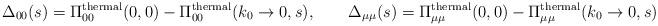
LaTeX: \begin{align*}\Delta_{00}(s) = \Pi_{00}^{\rm thermal}(0,0) -\Pi_{00}^{\rm thermal} (k_{0}\rightarrow 0,s),\qquad\Delta_{\mu\mu} (s) = \Pi_{\mu\mu}^{\rm thermal} (0,0) -\Pi_{\mu\mu}^{\rm thermal} (k_{0}\rightarrow 0,s)\end{align*}